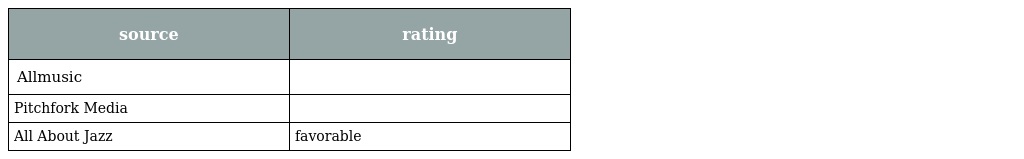
| source | rating |
 | --- | --- |
 | Allmusic |  |
 | Pitchfork Media |  |
 | All About Jazz | favorable |